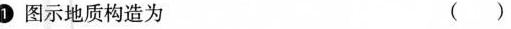
1.图示地质构造为 (）